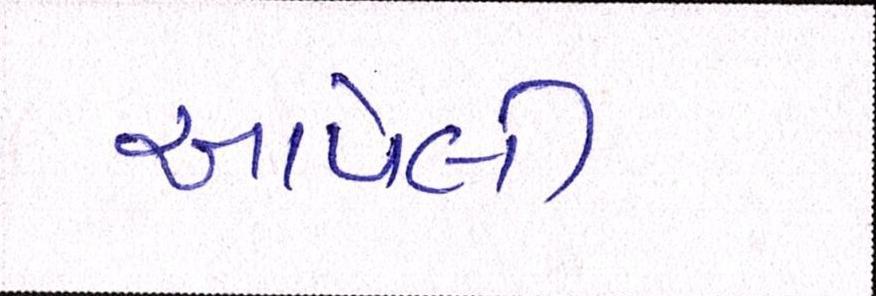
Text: આપેલી